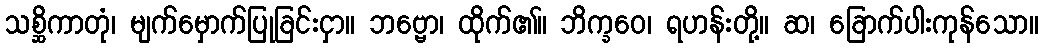
သစ္ဆိကာတုံ၊ မျက်မှောက်ပြုခြင်းငှာ။ ဘဗ္ဗော၊ ထိုက်၏။ ဘိက္ခဝေ၊ ရဟန်းတို့။ ဆ၊ ခြောက်ပါးကုန်သော။